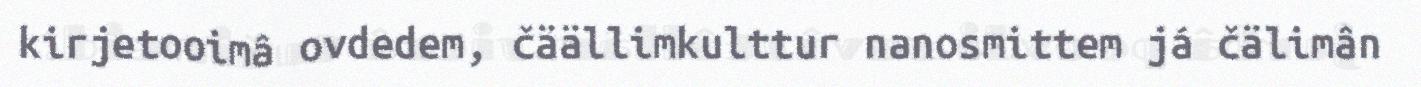
kirjetooimâ ovdedem, čäällimkulttur nanosmittem já čälimân